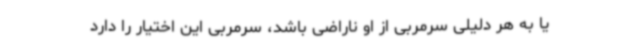
یا به هر دلیلی سرمربی از او ناراضی باشد، سرمربی این اختیار را دارد